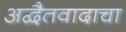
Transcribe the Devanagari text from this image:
अद्वैतवादाचा